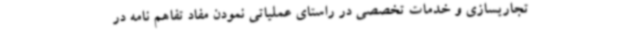
تجاریسازی و خدمات تخصصی در راستای عملیاتی نمودن مفاد تفاهم نامه در